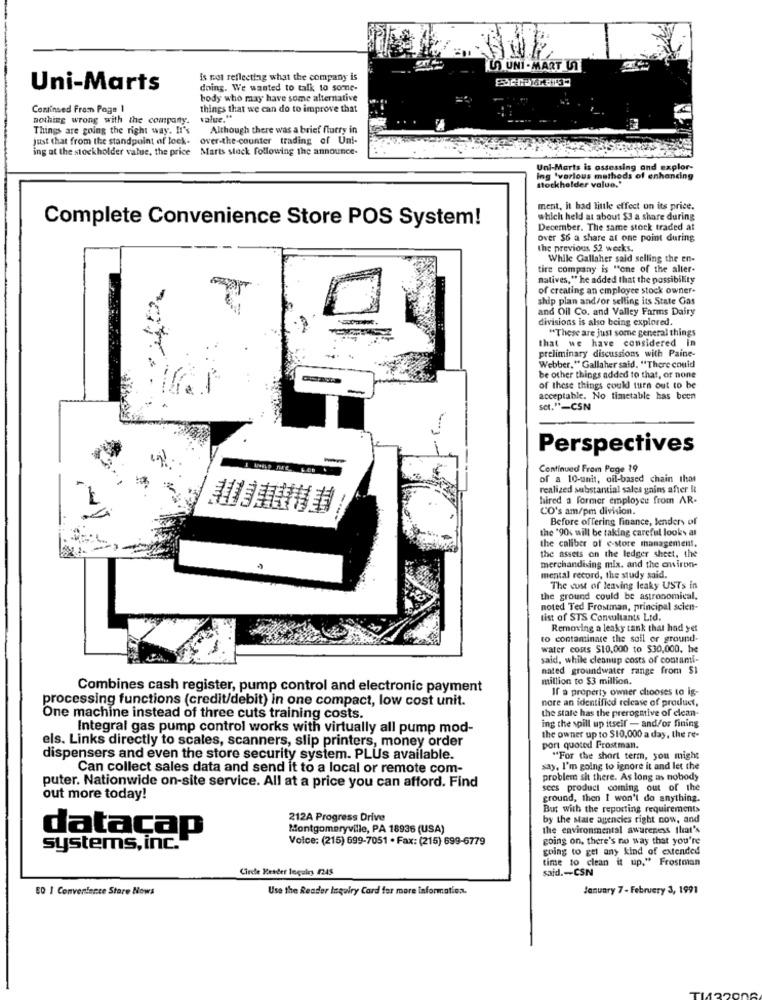
(L) UNI -MART UT
is not reflecting what the company is
Uni-Marts
doing. We wanted to talk to some-
body who may have some alternative
Continued From Page 1
things that we can do to improve that
nothing wrong with the company.
value."
Things are going the right way. It's
Although there was a brief flurry in
just that from the standpoint of lock-
over-the-counter trading of Uni-
ing at the stockholder value, the price
Marts stock following the announce
Uni-Marts is assessing and explor-
Ing 'various methods of enhancing
stockholder value."
ment, it had little effect on its price.
Complete Convenience Store POS System!
which held at about $J a share during
December. The same stock traded at
over $6 a share at one point during
the previous 52 weeks.
While Gallaher said selling the en-
tire company is "one of the alter-
natives," he added that the possibility
of creating an employee stock owner-
ship plan and/or selling its State Gas
and Oil Co. and Valley Farms Dairy
divisions is also being explored.
"These are just some general things
that we have considered in
preliminary discussions with Paine-
Webber." Gallaher said, "There could
be other things added to that, or none
of these things coukl turn out to be
acceptable. No timetable has been
set."-CSN
Perspectives
Continued From Page 19
of a 10-unit, oil-based chain that
realized substantial sales gains after It
hired a former employee from AR-
CO's am/pm division.
Before offering finance, lenders of
the '90% will be taking careful looks at
the caliber of e-store management.
the assets on the ledger sheet, the
merchandising mix. and the environ-
mental record, the study said.
The cost of leaving leaky USTs in
the ground could be astronomical.
noted Ted Frostman, principal scien-
list of STS Consultants Ltd.
Removing a leaky tank that had yet
to contaminare the soil or ground-
water costs $10,000 to $30,000, he
said, while cleanup costs of courami-
nated groundwater range from $1
million to $3 million.
Combines cash register, pump control and electronic payment
If a property owner chooses to ig-
processing functions (credit/debit) in one compact, low cost unit.
nore an identified release of product,
the state has the prerogative of clean-
One machine instead of three cuts training costs.
ing the spill up itself - and/or fining
Integral gas pump control works with virtually all pump mod-
els. Links directly to scales, scanners, slip printers, money order
the owner up to $10,000 a day, the re-
port quoted Frostman.
dispensers and even the store security system. PLUs available.
"For the short term, you might
Can collect sales data and send it to a local or remote com-
say, I'm going to ignore it and let the
problem sit there. As long as nobody
puter. Nationwide on-site service. All at a price you can afford. Find
sees product coming out of the
out more today!
ground, then I won't do anything.
But with the reporting requirements
212A Progress Drive
by the state agencies right now, and
Montgomeryville, PA 18936 (USA)
the environmental awareness that's
systems, inc.
datacap
Voice: (215) 699-7051 · Fax: (215) 699-6779
going on, there's no way that you're
going to gel any kind of extended
time to clean it up," Frostman
Circle Rester loguley 124$
said .- CSN
EQ | Convenience Store Nows
Use the Reader Inquiry Card for more information.
January 7 - February 3, 1991